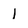
Character: I